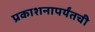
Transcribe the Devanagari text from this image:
प्रकाशनापर्यंतची